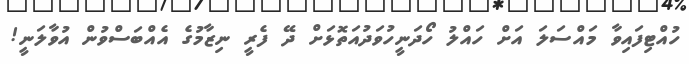
ހުއްޓިފައިވާ މައްސަލަ އަށް ހައްލު ހޯދަނީހުވަދުއަތޮޅަށް ދޭ ފެރީ ނިޒާމުގެ އެއްބަސްވުން އުވާލަނީ!